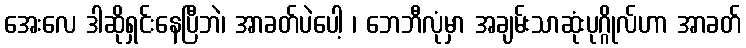
အေးလေ ဒါဆိုရှင်းနေပြီဘဲ၊ အာခတ်ပဲပေါ့ ၊ ဘေဘီလုံမှာ အချမ်းသာဆုံးပုဂ္ဂိုလ်ဟာ အာခတ်